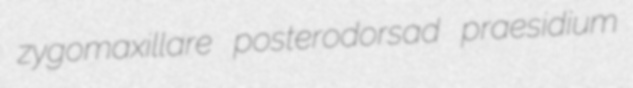
zygomaxillare posterodorsad praesidium